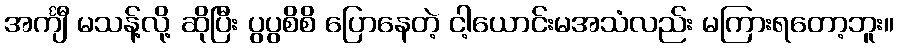
အင်္ကျီ မသန့်လို့ ဆိုပြီး ပွပွစိစိ ပြောနေတဲ့ ငါ့ယောင်းမအသံလည်း မကြားရတော့ဘူး။